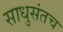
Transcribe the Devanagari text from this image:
साधुसंतच